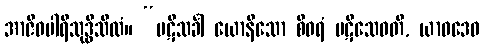
အာဇီဝပါရိသုဒ္ဓိသီလံ။ “ပဋိသင်္ခါ ယောနိသော စီဝရံ ပဋိသေဝတိ, ယာဝဒေဝ